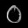
Digit: ၀